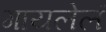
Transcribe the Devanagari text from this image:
गायलेलं